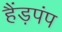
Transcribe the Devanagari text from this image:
हैंड़पंप